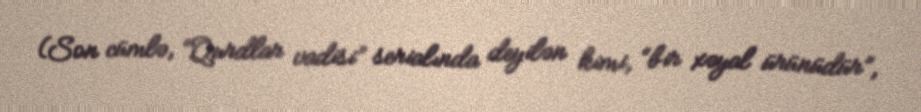
(Son cümlə, “Qurdlar vadisi” serialında deyilən kimi, “bir xəyal ürünüdür”,